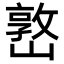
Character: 𡼖